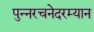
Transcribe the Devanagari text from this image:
पुन्नरचनेदरम्यान